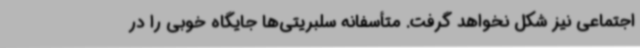
اجتماعی نیز شکل نخواهد گرفت. متأسفانه سلبریتی‌ها جایگاه خوبی را در